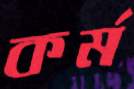
কর্ম